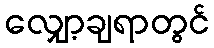
လျှော့ချရာတွင်